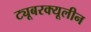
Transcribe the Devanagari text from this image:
ट्यूबरक्यूलीन